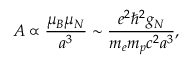
A \propto \frac { \mu _ { B } \mu _ { N } } { a ^ { 3 } } \sim \frac { e ^ { 2 } \hbar ^ { 2 } g _ { N } } { m _ { e } m _ { p } c ^ { 2 } a ^ { 3 } } ,